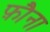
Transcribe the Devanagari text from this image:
फ़ौना